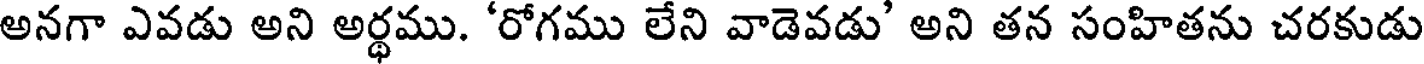
అనగా ఎవడు అని అర్థము. 'రోగము లేని వాడెవడు' అని తన సంహితను చరకుడు